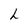
Character: L